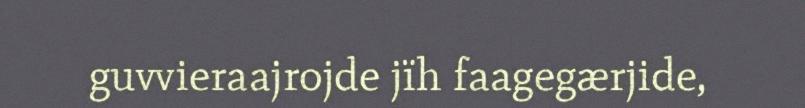
guvvieraajrojde jïh faagegærjide,